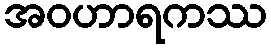
အဝဟာရကဿ